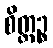
စိတ္တဉ္စ